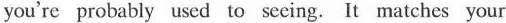
you'r e probably used to seing .It matches your